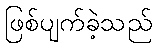
ဖြစ်ပျက်ခဲ့သည်